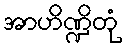
အာဟိဏ္ဍိတုံ